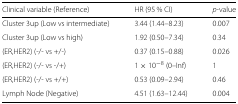
<table><thead><tr><td><b>Clinical variable (Reference)</b></td><td><b>HR (95 % CI)</b></td><td><b><i>p</i>-value</b></td></tr></thead><tbody><tr><td>Cluster 3up (Low vs intermediate)</td><td>3.44 (1.44–8.23)</td><td>0.007</td></tr><tr><td>Cluster 3up (Low vs high)</td><td>1.92 (0.50–7.34)</td><td>0.34</td></tr><tr><td>(ER,HER2) (-/- vs +/-)</td><td>0.37 (0.15–0.88)</td><td>0.026</td></tr><tr><td>(ER,HER2) (-/- vs -/+)</td><td>1×10<sup>−8</sup> (0–Inf)</td><td>1</td></tr><tr><td>(ER,HER2) (-/- vs +/+)</td><td>0.53 (0.09–2.94)</td><td>0.46</td></tr><tr><td>Lymph Node (Negative)</td><td>4.51 (1.63–12.44)</td><td>0.004</td></tr></tbody></table>